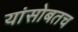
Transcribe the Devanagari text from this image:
यांसोबतच